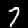
Digit: 7